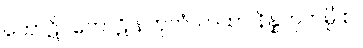
ကောဋိပကောဋိ နဟုတံ၊ တထာ နိန္နဟုတမ္ပိ စ။